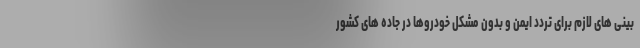
بینی های لازم برای تردد ایمن و بدون مشکل خودروها در جاده های کشور